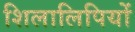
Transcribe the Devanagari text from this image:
शिलालिपियों